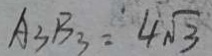
A _ { 3 } B _ { 3 } = 4 \sqrt { 3 }